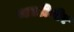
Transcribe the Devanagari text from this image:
ब्लाडीमीर